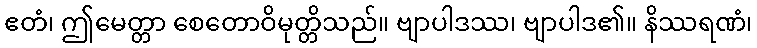
ဧတံ၊ ဤမေတ္တာ စေတောဝိမုတ္တိသည်။ ဗျာပါဒဿ၊ ဗျာပါဒ၏။ နိဿရဏံ၊